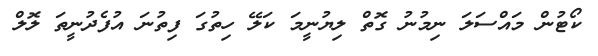
ކޯޓުން މައްސަލަ ނިމުނު ގޮތް ލިޔުނީމަ ކަލޭ ހިތުގަ ފިތުނަ އުފެދުނީތަ ލޮލް